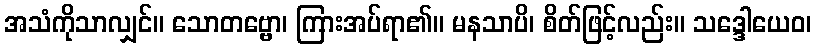
အသံကိုသာလျှင်။ သောတဗ္ဗော၊ ကြားအပ်ရာ၏။ မနသာပိ၊ စိတ်ဖြင့်လည်း။ သဒ္ဒေါယေဝ၊